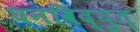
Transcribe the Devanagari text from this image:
घनविद्युत्